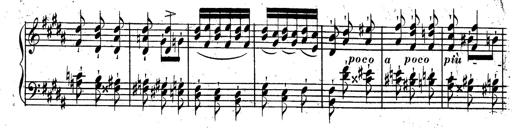
Title: Rondeau fantastique sur un thÃ¨me espagnol
Composer: Franz Liszt